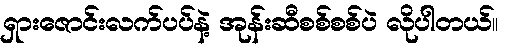
ရှားဇောင်းလက်ပပ်နဲ့ အုန်းဆီစစ်စစ်ပဲ လိုပါတယ်။